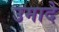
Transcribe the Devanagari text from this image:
उमादे